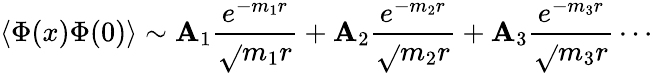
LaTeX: \langle\Phi(x)\Phi(0)\rangle\sim\mathbf{A}_{1}\frac{{e^{-m_{1}r}}}{{\sqrt{}{{m_{1}r}}}}+\mathbf{A}_{2}\frac{{e^{-m_{2}r}}}{{\sqrt{}{{m_{2}r}}}}+\mathbf{A}_{3}\frac{{e^{-m_{3}r}}}{{\sqrt{}{{m_{3}r}}}}\cdots